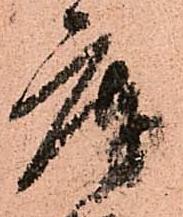
庫